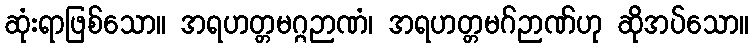
ဆုံးရာဖြစ်သော။ အရဟတ္တမဂ္ဂဉာဏံ၊ အရဟတ္တမဂ်ဉာဏ်ဟု ဆိုအပ်သော။